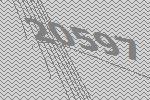
20597